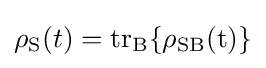
\rho _{\rm {S}}(t)={\rm {{tr}_{\rm {B}}\{\rho _{SB}(t)\}}}